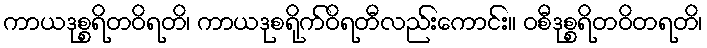
ကာယဒုစ္စရိတဝိရတိ၊ ကာယဒုစရိုက်ဝိရတီလည်းကောင်း။ ဝစီဒုစ္စရိတဝိတရတိ၊